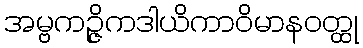
အမ္ဗကဉ္ဇိကဒါယိကာဝိမာနဝတ္ထု